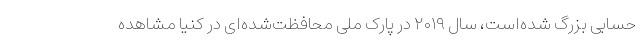
حسابی بزرگ شده‌است، سال ۲۰۱۹ در پارک ملی محافظت‌شده‌ای در کنیا مشاهده